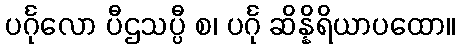
ပင်္ဂုလော ပီဌသပ္ပီ စ၊ ပင်္ဂု ဆိန္နိရိယာပထော။